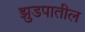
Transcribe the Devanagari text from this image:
झुडपातील